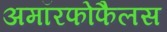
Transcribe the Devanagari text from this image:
अमॉरफोफैलस